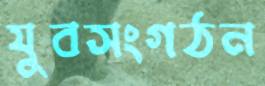
যুবসংগঠন